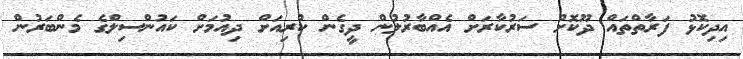
އިދިކޮޅު ފަރާތްތައް ދޫކޮށް ސަރުކާރަށް އެއްބާރުލުން ދީގެން ކުރިއަށް ދިއުމަށް ކައުންސިލްގެ މެންބަރުން